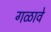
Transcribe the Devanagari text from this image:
गळावे